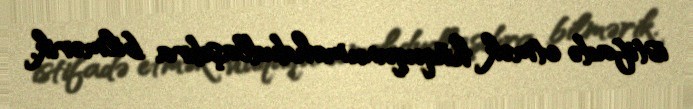
istifadə etmək hüququnu məhdudlaşdıra bilmərik.